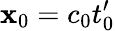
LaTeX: \mathbf{x}_{0}=c_{0}t_{0}^{\prime}